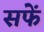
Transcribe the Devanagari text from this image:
सफें